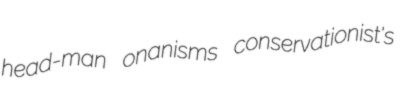
head-man onanisms conservationist's